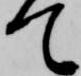
て